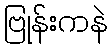
ဗြုန်းကနဲ